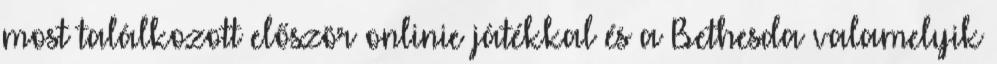
most találkozott először onlinie játékkal és a Bethesda valamelyik